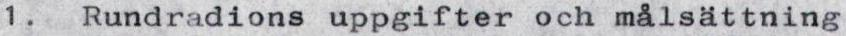
1. Rundradions uppgifter och målsättning